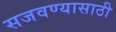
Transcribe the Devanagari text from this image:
सजवण्यासाठी